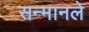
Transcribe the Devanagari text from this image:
सन्मानले